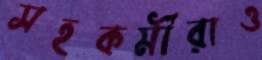
সহকর্মীরাও